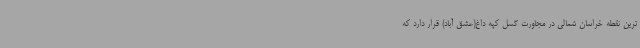
ترین نقطه خراسان شمالی در مجاورت گسل کپه داغ(عشق آباد) قرار دارد که